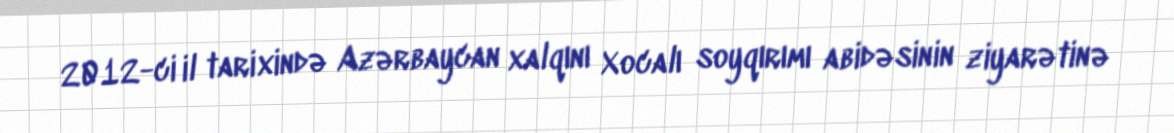
2012-ci il tarixində Azərbaycan xalqını Xocalı soyqırımı abidəsinin ziyarətinə